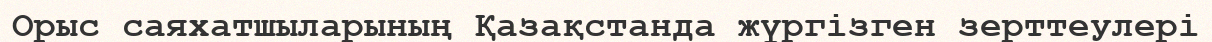
Орыс саяхатшыларының Қазақстанда жүргізген зерттеулері